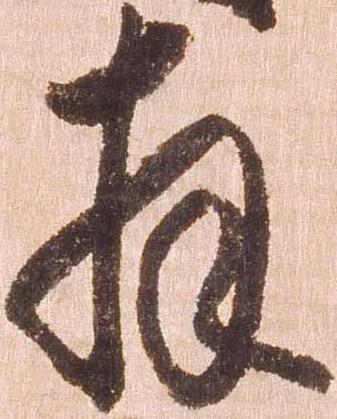
拝